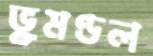
ভূমণ্ডল